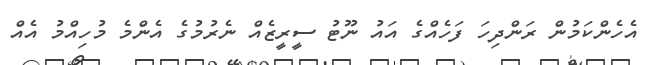
އެހެންކަމުން ރަންދިހަ ފަހެއްގެ އައު ނޫޓު ސީރީޒެއް ނެރުމުގެ އެންމެ މުހިއްމު އެއް